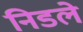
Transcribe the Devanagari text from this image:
निडले